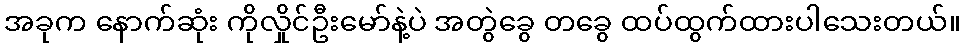
အခုက နောက်ဆုံး ကိုလှိုင်ဦးမော်နဲ့ပဲ အတွဲခွေ တခွေ ထပ်ထွက်ထားပါသေးတယ်။